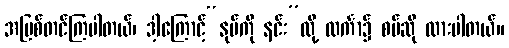
အပြစ်တင်ကြပါတယ်၊ ဒါ့ကြောင့်“နုပ်ကို နင်း”လို့ လင်္ကာ၌ စပ်ဆို ထားပါတယ်။